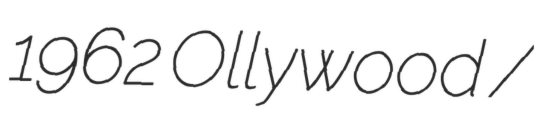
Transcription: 1962 Ollywood /